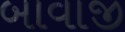
બાવાજી